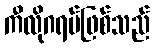
ကီလိုဂရမ်ဖြစ်သည်